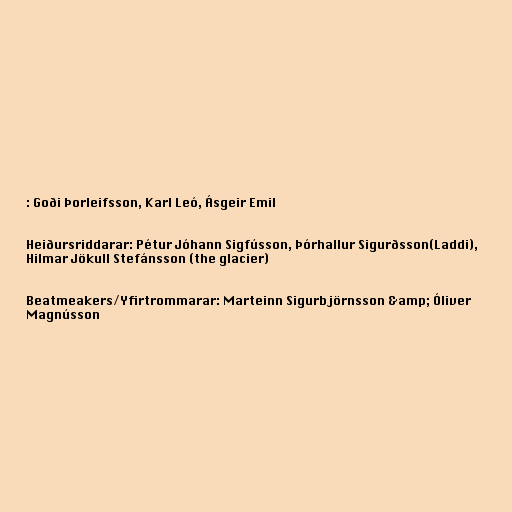
: Goði Þorleifsson, Karl Leó, Ásgeir Emil

Heiðursriddarar: Pétur Jóhann Sigfússon, Þórhallur Sigurðsson(Laddi),
Hilmar Jökull Stefánsson (the glacier)

Beatmeakers/Yfirtrommarar: Marteinn Sigurbjörnsson &amp; Óliver
Magnússon